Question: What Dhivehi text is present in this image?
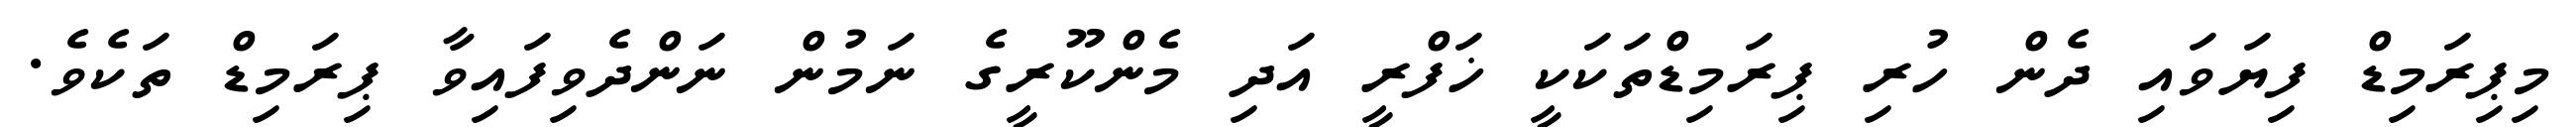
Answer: މިޕިރަމިޑް ފިޔަވައި ދެން ހުރި ޕިރަމިޑްތަކަކީ ޚަފްރީ އަދި މެންކޫރީގެ ނަމުން ނަންދެވިފައިވާ ޕިރަމިޑް ތަކެވެ.